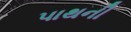
પાથની